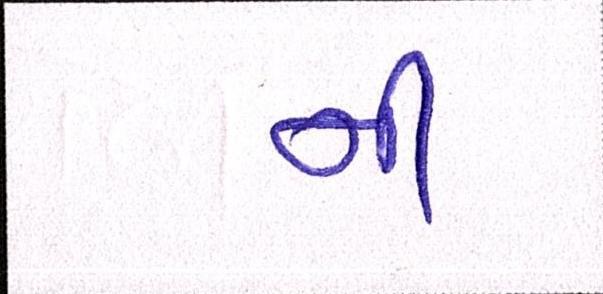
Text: નીં